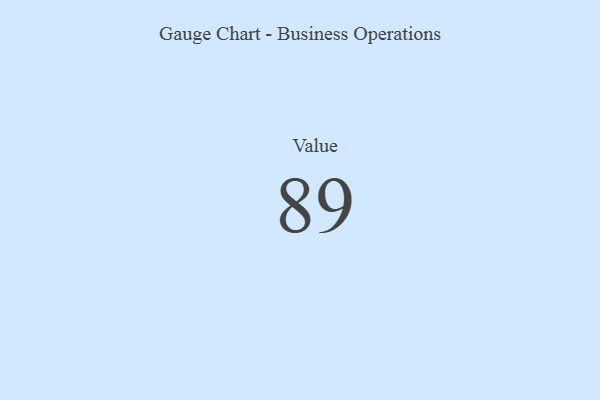
{"axis": {"x": "Metric", "y": "Value"}, "legend": [""], "data": [{"x": "Value", "y": 89, "type": ""}]}